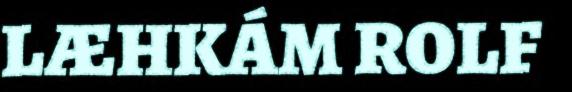
LÆHKÁM ROLF